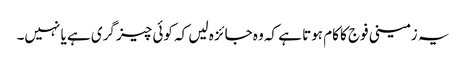
یہ زمینی فوج کا کام ہوتا ہے کہ وہ جائزہ لیں کہ کوئی چیز گری ہے یا نہیں۔